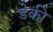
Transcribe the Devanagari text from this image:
डेकी